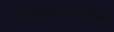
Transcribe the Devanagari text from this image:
वैशिष्ट्यांवरून